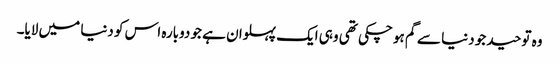
وہ توحید جو دنیا سے گم ہو چکی تھی وہی ایک پہلوان ہے جو دوبارہ اس کو دنیا میں لایا۔